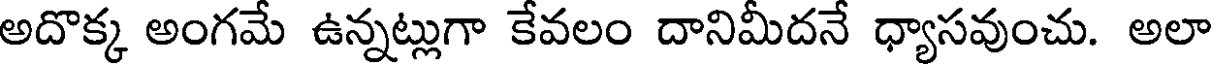
అదొక్క అంగమే ఉన్నట్లుగా కేవలం దానిమీదనే ధ్యాసవుంచు. అలా